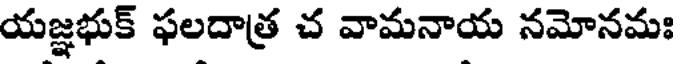
యజ్ఞభుక్ ఫలదాత్ర చ వామనాయ నమోనమః